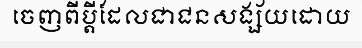
ចេញពីប្តីដែលជាជនសង្ស័យដោយ